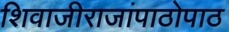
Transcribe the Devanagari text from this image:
शिवाजीराजांपाठोपाठ